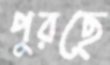
পুরছে